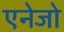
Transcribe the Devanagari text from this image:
एनेजो